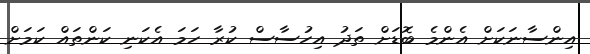
އިންސާނަކަށް އެންމެ ބޮޑަށް ތަދު އިހުސާސް ކުރާ ހަމަ އެކަނި ކަންތައް ކަމަށް